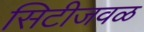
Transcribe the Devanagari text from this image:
सिटीजवळ